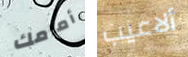
أمامك ألاعيب